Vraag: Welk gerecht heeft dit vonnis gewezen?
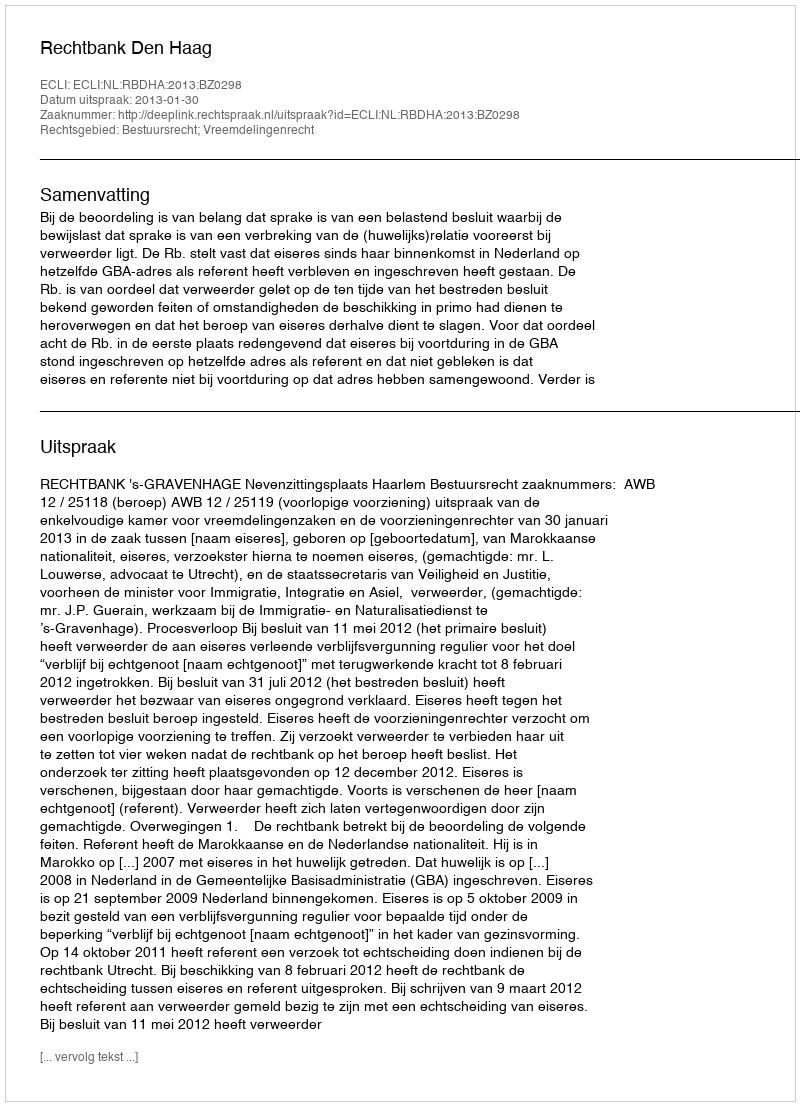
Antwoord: Rechtbank Den Haag